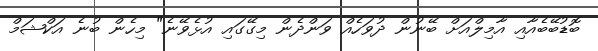
ބޮޑުބޭބެއާއި އާމިލްއަށް ބޭނުން ދުވަހެއް ވަންދެން މިގޭގައި އުޅެވޭނެ" މިހެން ބުނެ އަކްޝަމް